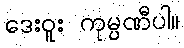
ဒေးဝူး ကုမ္ပဏီပါ။